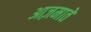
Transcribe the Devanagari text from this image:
आज़माते